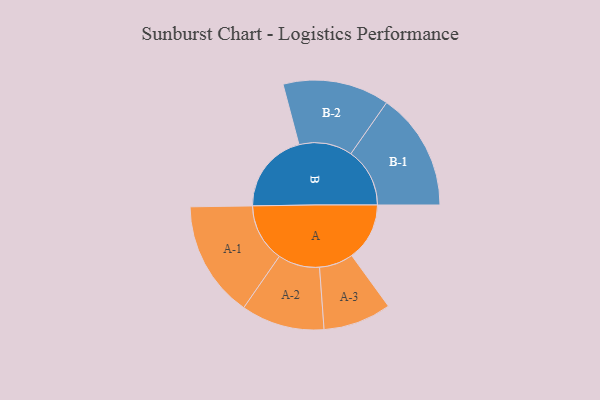
{"axis": {"x": "Segment", "y": "Value"}, "legend": ["", "A", "B"], "data": [{"x": "A", "y": 258, "type": ""}, {"x": "B", "y": 363, "type": ""}, {"x": "A-1", "y": 260, "type": "A"}, {"x": "A-2", "y": 186, "type": "A"}, {"x": "A-3", "y": 152, "type": "A"}, {"x": "B-1", "y": 263, "type": "B"}, {"x": "B-2", "y": 238, "type": "B"}]}